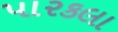
પારકલા